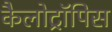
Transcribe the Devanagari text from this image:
कैलोट्रॉपिस